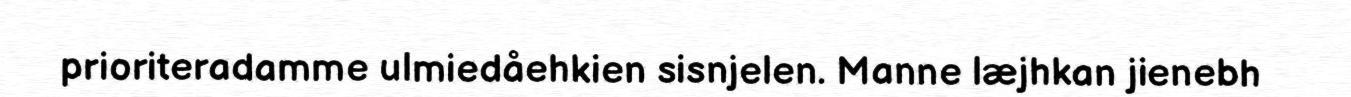
prioriteradamme ulmiedåehkien sisnjelen. Manne læjhkan jienebh